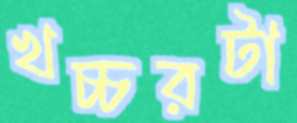
খচ্চরটা